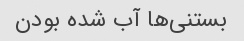
بستنی‌ها آب شده بودن